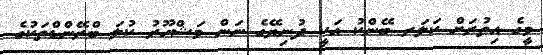
މީގެ އިތުރަށް ކަލަރ ބޭންކު އަކީ ދުނިޔޭގެ ނަން މަޝްހޫރު ކުލަ ބްރޭންޑްތަކުގެ